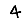
Digit: 4